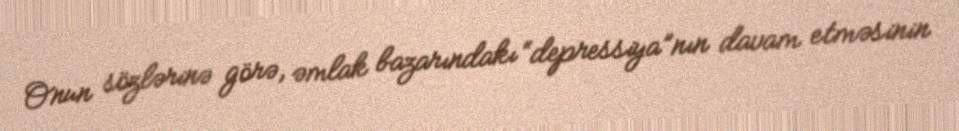
Onun sözlərinə görə, əmlak bazarındakı “depressiya”nın davam etməsinin